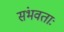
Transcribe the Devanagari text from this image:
संभवताः